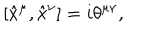
[ { \hat { x } } ^ { \mu } , { \hat { x } } ^ { \nu } ] = i \theta ^ { \mu \nu } ,